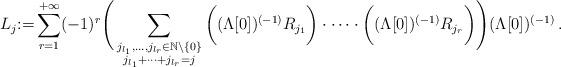
LaTeX: \begin{align*}L_j{:=} \sum_{r=1}^{+\infty}(-1)^r \Bigg(\sum_{\substack{j_{l_1},\dots,j_{l_r}\in \mathbb{N}\setminus\{0\} \\ j_{l_1}+\dots +j_{l_r}=j}}\bigg((\Lambda[0])^{(-1)}R_{j_1} \bigg)\cdot \dots \cdot \bigg((\Lambda[0])^{(-1)}R_{j_r} \bigg) \Bigg)(\Lambda[0])^{(-1)}\, .\end{align*}